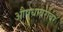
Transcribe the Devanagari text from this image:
औषधाबरोबर